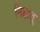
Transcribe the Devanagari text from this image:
निहातु